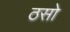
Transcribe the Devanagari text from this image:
ठसो